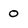
Character: 0